Civil Veterinary Dept. North-West Frontier Province 1933-46 - 1933-1946
Year: 1933
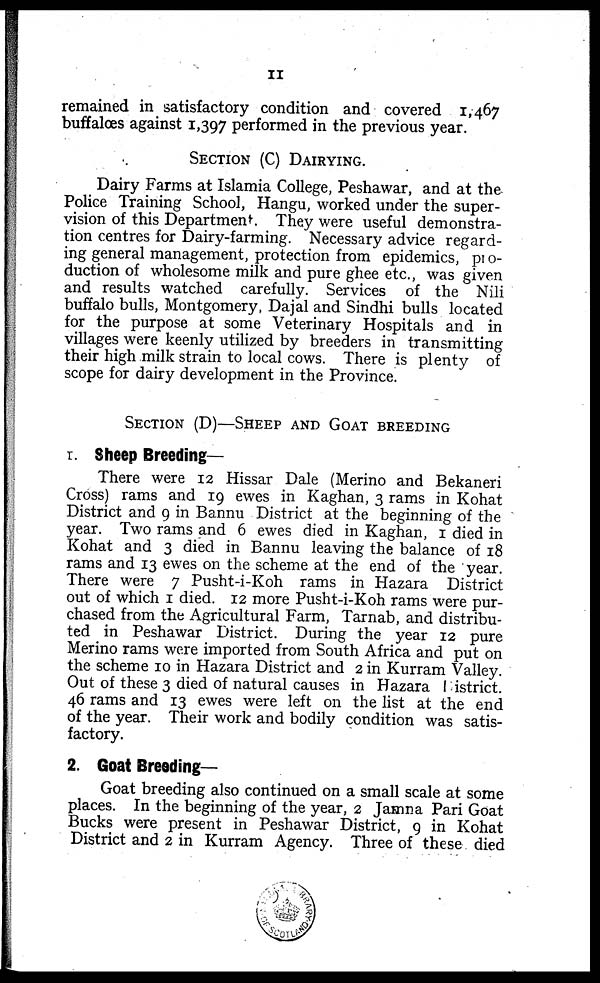
11
remained in satisfactory condition and covered 1,467
buffaloes against 1,397 performed in the previous year.
SECTION (C) DAIRYING.
Dairy Farms at Islamia College, Peshawar, and at the
Police Training School, Hangu, worked under the super-
vision of this Department. They were useful demonstra-
tion centres for Dairy-farming. Necessary advice regard-
ing general management, protection from epidemics, pro-
duction of wholesome milk and pure ghee etc., was given
and results watched carefully. Services of the Nili
buffalo bulls, Montgomery, Dajal and Sindhi bulls located
for the purpose at some Veterinary Hospitals and in
villages were keenly utilized by breeders in transmitting
their high milk strain to local cows. There is plenty of
scope for dairy development in the Province.
SECTION (D)–SHEEP AND GOAT BREEDING
1. Sheep Breeding–
There were 12 Hissar Dale (Merino and Bekaneri
Cross) rams and 19 ewes in Kaghan, 3 rams in Kohat
District and 9 in Bannu District at the beginning of the
year. Two rams and 6 ewes died in Kaghan, 1 died in
Kohat and 3 died in Bannu leaving the balance of 18
rams and 13 ewes on the scheme at the end of the year.
There were 7 Pusht-i-Koh rams in Hazara District
out of which 1 died. 12 more Pusht-i-Koh rams were pur-
chased from the Agricultural Farm, Tarnab, and distribu-
ted in Peshawar District. During the year 12 pure
Merino rams were imported from South Africa and put on
the scheme 10 in Hazara District and 2 in Kurram Valley.
Out of these 3 died of natural causes in Hazara District.
46 rams and 13 ewes were left on the list at the end
of the year. Their work and bodily condition was satis-
factory.
2. Goat Breeding-
Goat breeding also continued on a small scale at some
places. In the beginning of the year, 2 Jamna Pari Goat
Bucks were present in Peshawar District, 9 in Kohat
District and 2 in Kurram Agency. Three of these died